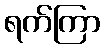
ရက်ကြာ